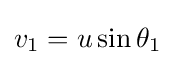
v_{1}=u\sin \theta _{1}